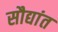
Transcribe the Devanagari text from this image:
सौद्यांत